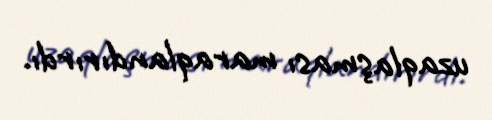
uzaqlaşması maraqlandırırdı.